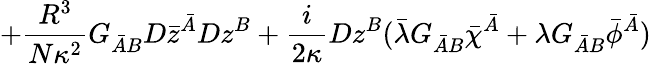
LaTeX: +\frac{R^{3}}{N\kappa^{2}}G_{\bar{A}B}D\bar{z}^{\bar{A}}Dz^{B}+\frac{i}{2\kappa}Dz^{B}(\bar{\lambda}G_{\bar{A}B}\bar{\chi}^{\bar{A}}+\lambda G_{\bar{A}B}\bar{\phi}^{\bar{A}})